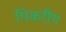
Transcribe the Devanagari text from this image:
पिकरींग